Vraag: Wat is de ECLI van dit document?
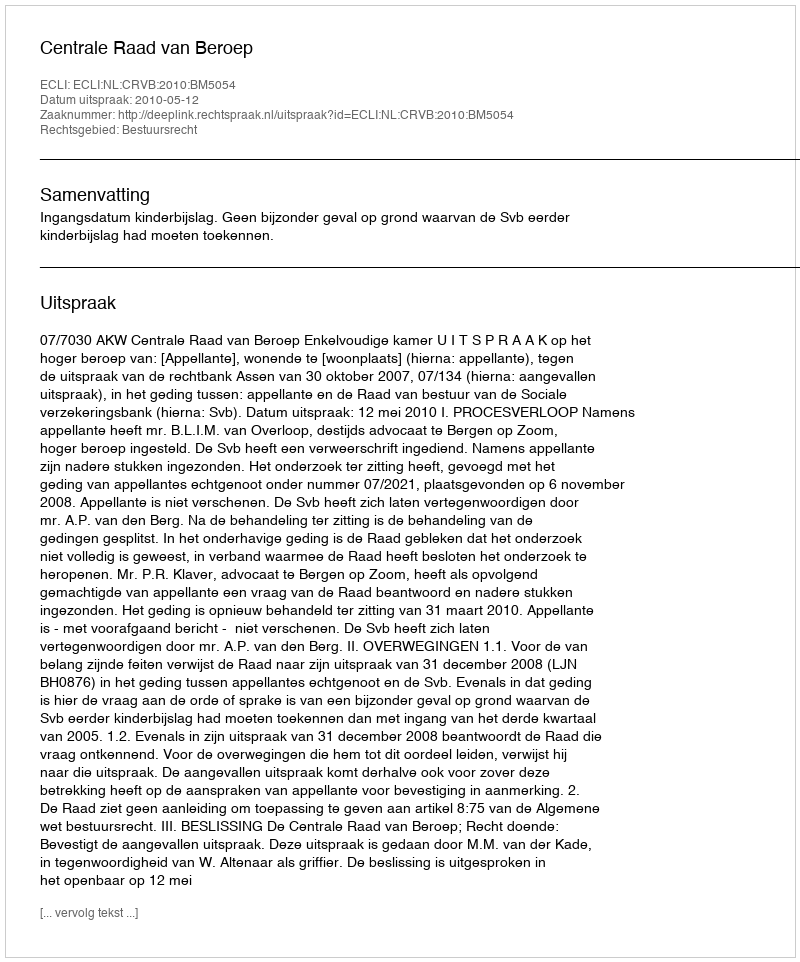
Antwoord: ECLI:NL:CRVB:2010:BM5054